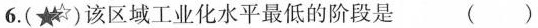
6.( )该区域工业化水平最低的阶段是 ( )